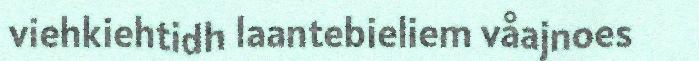
viehkiehtidh laantebieliem våajnoes